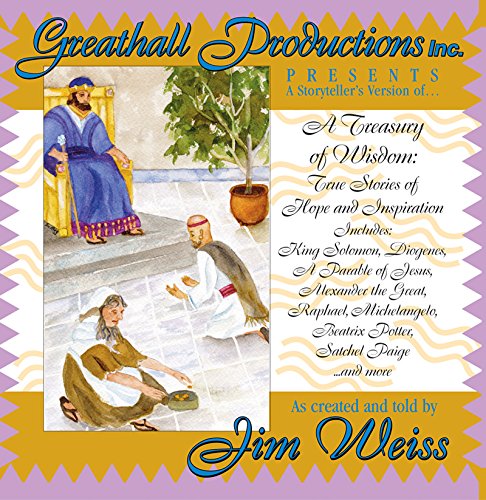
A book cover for A Treasury of Wisdom: True Stories of Hope & Inspiration; Teen & Young Adult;